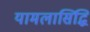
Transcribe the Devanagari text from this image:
यामलासिद्धि